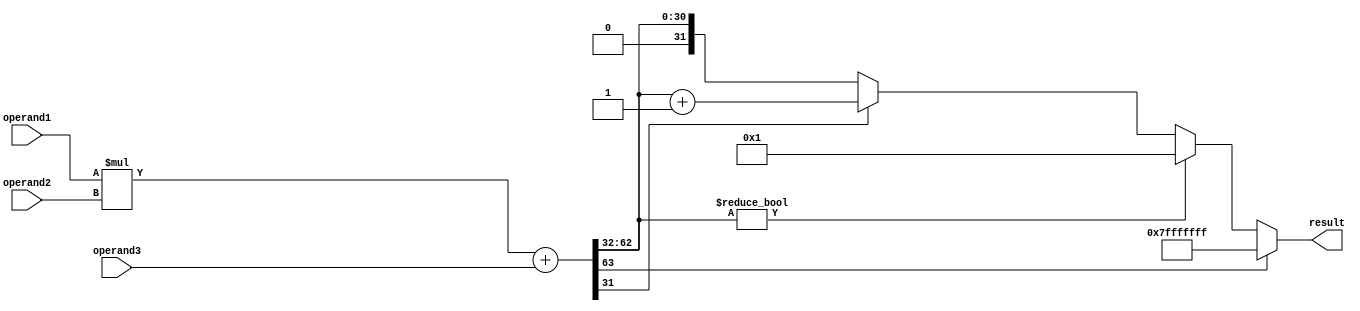
module FMA_Unit (
    input wire [31:0] operand1,
    input wire [31:0] operand2,
    input wire [31:0] operand3,
    output reg [31:0] result
);

reg [31:0] mul_result;
reg [63:0] fma_result;

always @ (operand1, operand2, operand3) begin
    fma_result = $signed(operand1) *
                 $signed(operand2) +
                 $signed(operand3);
    
    if (fma_result[63]) begin
        // handle overflow
        result = 32'h7FFFFFFF; // Set to maximum floating point value
    end else if (fma_result[62:32] != 31'b0) begin
        // handle underflow
        result = 32'h00000001; // Set to minimum normalized floating point value
    end else begin
        // round and normalize result
        if (fma_result[31]) begin
            result = fma_result[62:32] + 1;
        end else begin
            result = fma_result[62:32];
        end
    end
end

endmodule